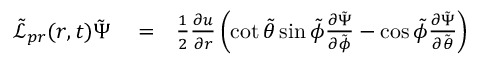
\begin{array} { r l r } { \tilde { \mathcal { L } } _ { p r } ( r , t ) \tilde { \Psi } } & { { } = } & { \frac { 1 } { 2 } \frac { \partial u } { \partial r } \left( \cot { \tilde { \theta } } \sin { \tilde { \phi } } \frac { \partial \tilde { \Psi } } { \partial \tilde { \phi } } - \cos { \tilde { \phi } } \frac { \partial \tilde { \Psi } } { \partial \tilde { \theta } } \right) } \end{array}